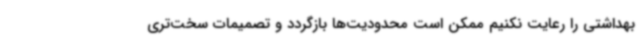
بهداشتی را رعایت نکنیم ممکن است محدودیت‌ها بازگردد و تصمیمات سخت‌تری